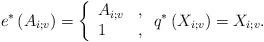
LaTeX: \begin{align*}e^*\left(A_{i;v}\right)=\left\{\begin{array}{ll} A_{i;v} & , \\ 1 & , \end{array}\right. q^*\left(X_{i;v}\right)=X_{i;v}.\end{align*}